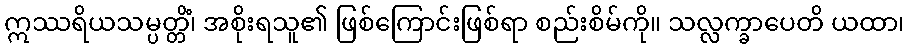
ဣဿရိယသမ္ပတ္တိံ၊ အစိုးရသူ၏ ဖြစ်ကြောင်းဖြစ်ရာ စည်းစိမ်ကို။ သလ္လက္ခာပေတိ ယထာ၊